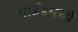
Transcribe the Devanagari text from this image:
गाईडमध्ये